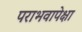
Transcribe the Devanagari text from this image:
पराभवापेक्षा